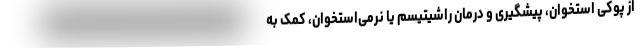
از پوکی استخوان، پیشگیری و درمان راشیتیسم یا نرمی‌استخوان، کمک به